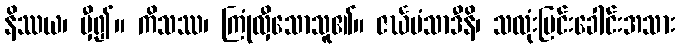
နိဿယ၊ မှီ၍။ ကိသဿ၊ ကြုံလှီသောသူ၏။ ဇင်္ဃမံသာဒီနိ၊ သလုံးမြင်းခေါင်းအသား